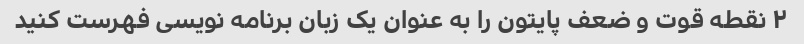
۲ نقطه قوت و ضعف پایتون را به عنوان یک زبان برنامه نویسی فهرست کنید